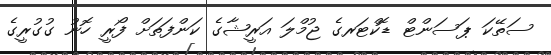
ސަތޭކަ ޕަސަންޓް ޑޮކްޓަރގެ ޖުމްލަ އަރީޝާގެ ކަންފަތަށް ފޯރީ ހޮނު ގުގުރީގެ